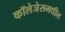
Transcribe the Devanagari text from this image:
कॉलेजेसमधील